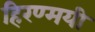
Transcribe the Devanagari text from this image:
हिरण्मयी